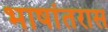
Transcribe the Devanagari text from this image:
भाषांतरास